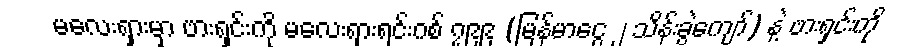
မလေးရှားမှာ ဗားရှင်းကို မလေးရှားရင်းဂစ် ၇၉၉ (မြန်မာငွေ ၂ သိန်းခွဲကျော်) နဲ့ ဗားရှင်းကို